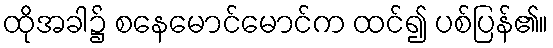
ထိုအခါ၌ စနေမောင်မောင်က ထင်၍ ပစ်ပြန်၏။